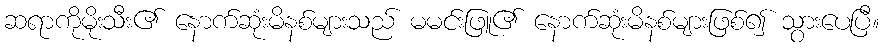
ဆရာကိုမိုးသီး၏ နောက်ဆုံးမိနစ်များသည် မမင်းဖြူ၏ နောက်ဆုံးမိနစ်များဖြစ်၍ သွားပေပြီ။